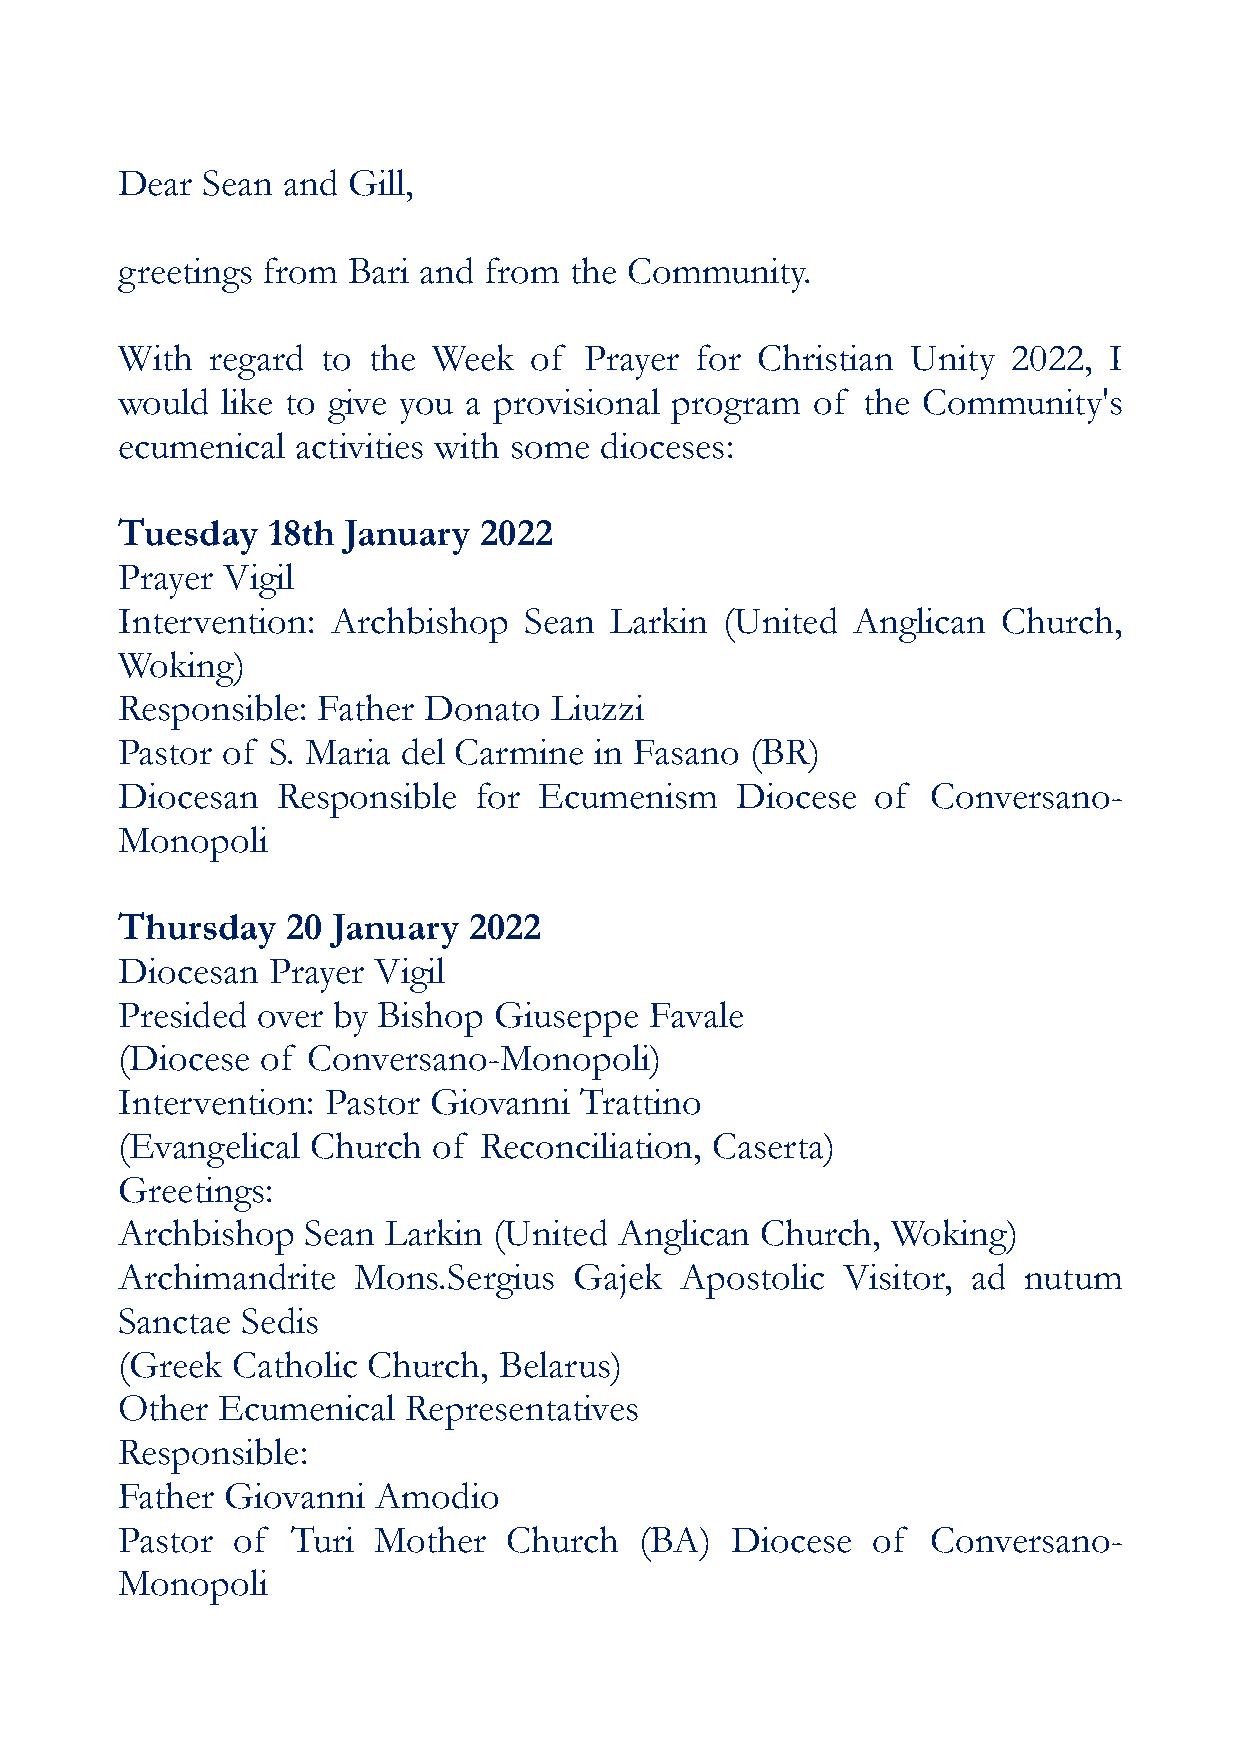
Dear Sean  and Gill,
 greetings from Bari and from  the Community.
 With  regard to the  Week  of  Prayer for Christian Unity  2022, I
 would  like to give you a provisional program of the Community's
 ecumenical  activities with some dioceses:
 Tuesday   18th January  2022
 Prayer Vigil
 Intervention: Archbishop   Sean Larkin  (United Anglican  Church,
 Woking)
 Responsible: Father Donato  Liuzzi
 Pastor of S. Maria del Carmine in Fasano  (BR)
 Diocesan  Responsible  for  Ecumenism    Diocese  of  Conversano-
 Monopoli
 Thursday   20 January  2022
 Diocesan  Prayer Vigil
 Presided over by Bishop  Giuseppe  Favale
 (Diocese of Conversano-Monopoli)
 Intervention: Pastor Giovanni Trattino
 (Evangelical Church  of Reconciliation, Caserta)
 Greetings:
 Archbishop  Sean  Larkin (United Anglican Church,  Woking)
 Archimandrite  Mons.Sergius   Gajek  Apostolic  Visitor, ad nutum
 Sanctae Sedis
 (Greek Catholic Church,  Belarus)
 Other Ecumenical   Representatives
 Responsible:
 Father Giovanni  Amodio
 Pastor of  Turi  Mother   Church  (BA)  Diocese   of  Conversano-
 Monopoli